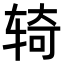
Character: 𫐎